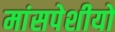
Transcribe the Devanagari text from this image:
मांसपेशीयो